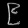
Digit: ၉